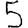
Digit: 5